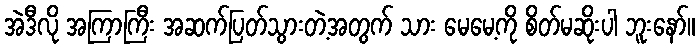
အဲဒီလို အကြာကြီး အဆက်ပြတ်သွားတဲ့အတွက် သား မေမေ့ကို စိတ်မဆိုးပါ ဘူးနော်။